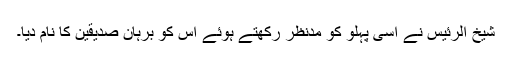
شیخ الرئیس نے اسی پہلو کو مدنظر رکھتے ہوئے اس کو برہانِ صدیقین کا نام دیا۔